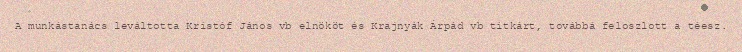
A munkástanács leváltotta Kristóf János vb elnököt és Krajnyák Árpád vb titkárt, továbbá feloszlott a téesz.